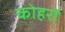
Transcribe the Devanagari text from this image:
कोहरों